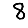
Digit: 8